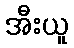
အီးယူ